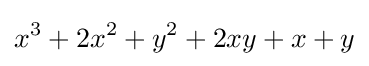
x^{3}+2x^{2}+y^{2}+2xy+x+y